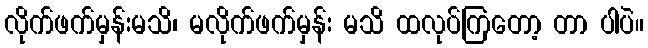
လိုက်ဖက်မှန်းမသိ၊ မလိုက်ဖက်မှန်း မသိ ထလုပ်ကြတော့ တာ ပါပဲ။